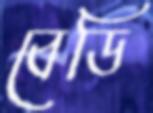
বেডি